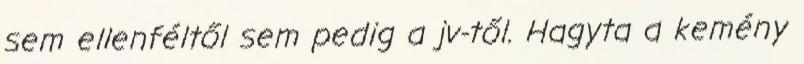
sem ellenféltől sem pedig a jv-től. Hagyta a kemény